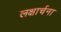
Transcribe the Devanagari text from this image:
लक्षार्चना